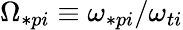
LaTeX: \Omega_{\ast pi}\equiv\omega_{\ast pi}/\omega_{ti}